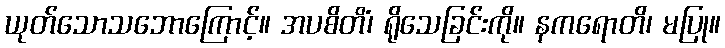
ယုတ်သောသဘောကြောင့်။ အပစိတိံ၊ ရိုသေခြင်းကို။ နကရောတိ၊ မပြု။